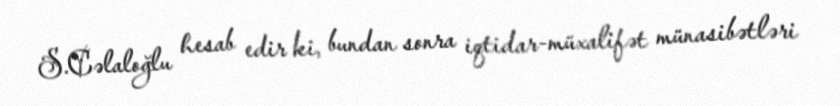
S.Cəlaloğlu hesab edir ki, bundan sonra iqtidar-müxalifət münasibətləri